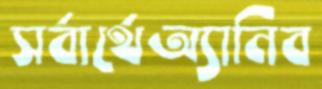
সর্বার্থেঅ্যানিব